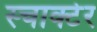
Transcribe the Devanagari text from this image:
स्चाक्टेर